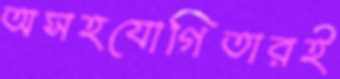
অসহযোগিতারই